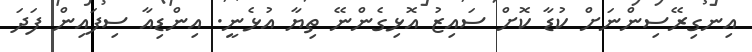
އިނގިރޭސިންނަށް ކުޑާ ކޮށް ސައިޒު އޮޅިގެންނޭ ތިޔާ އުޅެނީ. އިންޑިއާ ސިފައިން ފަދަ